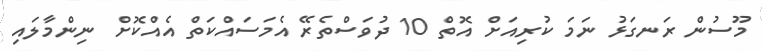
މޫސުން ރަނގަޅު ނަމަ ކުރިއަށް އޮތް 10 ދުވަސްތެރޭ އެމަސައްކަތް އެއްކޮށް ނިންމާލައި